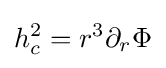
h_{c}^{2}=r^{3}\partial _{r}\Phi